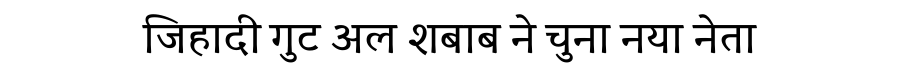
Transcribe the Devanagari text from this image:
जिहादी गुट अल शबाब ने चुना नया नेता